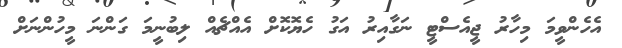
އެހެންވީމަ މިހާރު ޖީއެސްޓީ ނަގާއިރު އަގު ހެޔޮކޮށް އެއްޗެއް ލިބުނީމަ ގަންނަ މީހުންނަށް